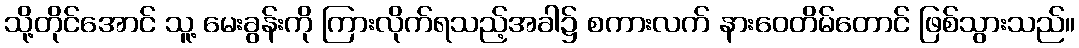
သို့တိုင်အောင် သူ့ မေးခွန်းကို ကြားလိုက်ရသည့်အခါ၌ စကားလက် နားဝေတိမ်တောင် ဖြစ်သွားသည်။